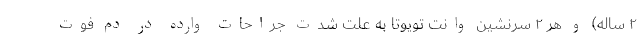
۲ ساله) و هر ۲ سرنشین وانت تویوتا به علت شدت جراحات وارده در دم فوت